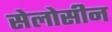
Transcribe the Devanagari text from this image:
सेलोसीन